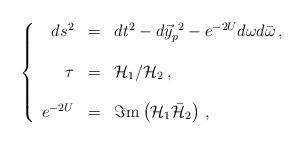
LaTeX: \begin{align*}\left\{ \begin{array}{rcl}ds^{2} & = & dt^{2}-d\vec{y}_{p}^{\ 2} -e^{-2U}d\omega d\bar{\omega}\, ,\\& & \\\tau & = & {\cal H}_{1}/{\cal H}_{2}\, ,\\& & \\e^{-2U} & = & \Im {\rm m}\left( {\cal H}_{1}\bar{\cal H}_{2}\right)\, ,\\\end{array}\right.\end{align*}